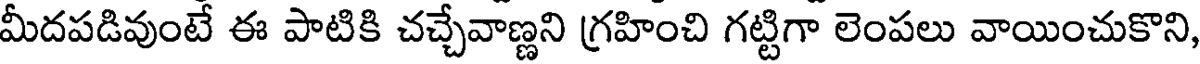
మీదపడివుంటే ఈ పాటికి చచ్చేవాణ్ణని గ్రహించి గట్టిగా లెంపలు వాయించుకొని,